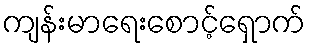
ကျန်းမာရေးစောင့်ရှောက်